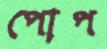
পোপ